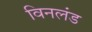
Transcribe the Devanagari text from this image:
विनलंड